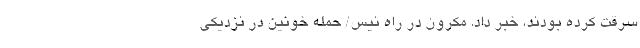
سرقت کرده بودند، خبر داد. مکرون در راه نیس/ حمله خونین در نزدیکی